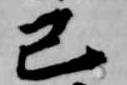
己